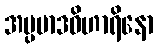
အပ္ပမာဒဝိဟာရိနော